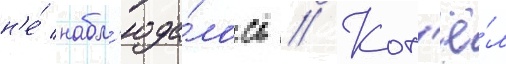
н'е́ набл'юда́лось // Кот'ё́л